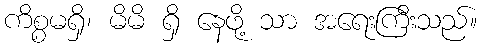
ကိစ္စမရှိ၊ မိမိ ရှိ နေဖို့ သာ အရေးကြီးသည်။